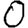
Digit: 0